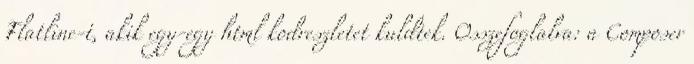
Flatline-t, akik egy-egy html kodreszletet kuldtek. Osszefoglalva: a Composer